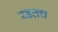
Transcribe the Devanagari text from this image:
रडतच